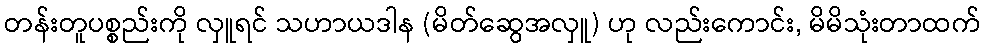
တန်းတူပစ္စည်းကို လှူရင် သဟာယဒါန (မိတ်ဆွေအလှူ) ဟု လည်းကောင်း, မိမိသုံးတာထက်